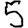
Digit: 5